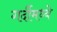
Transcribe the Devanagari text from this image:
गर्दीमध्ये